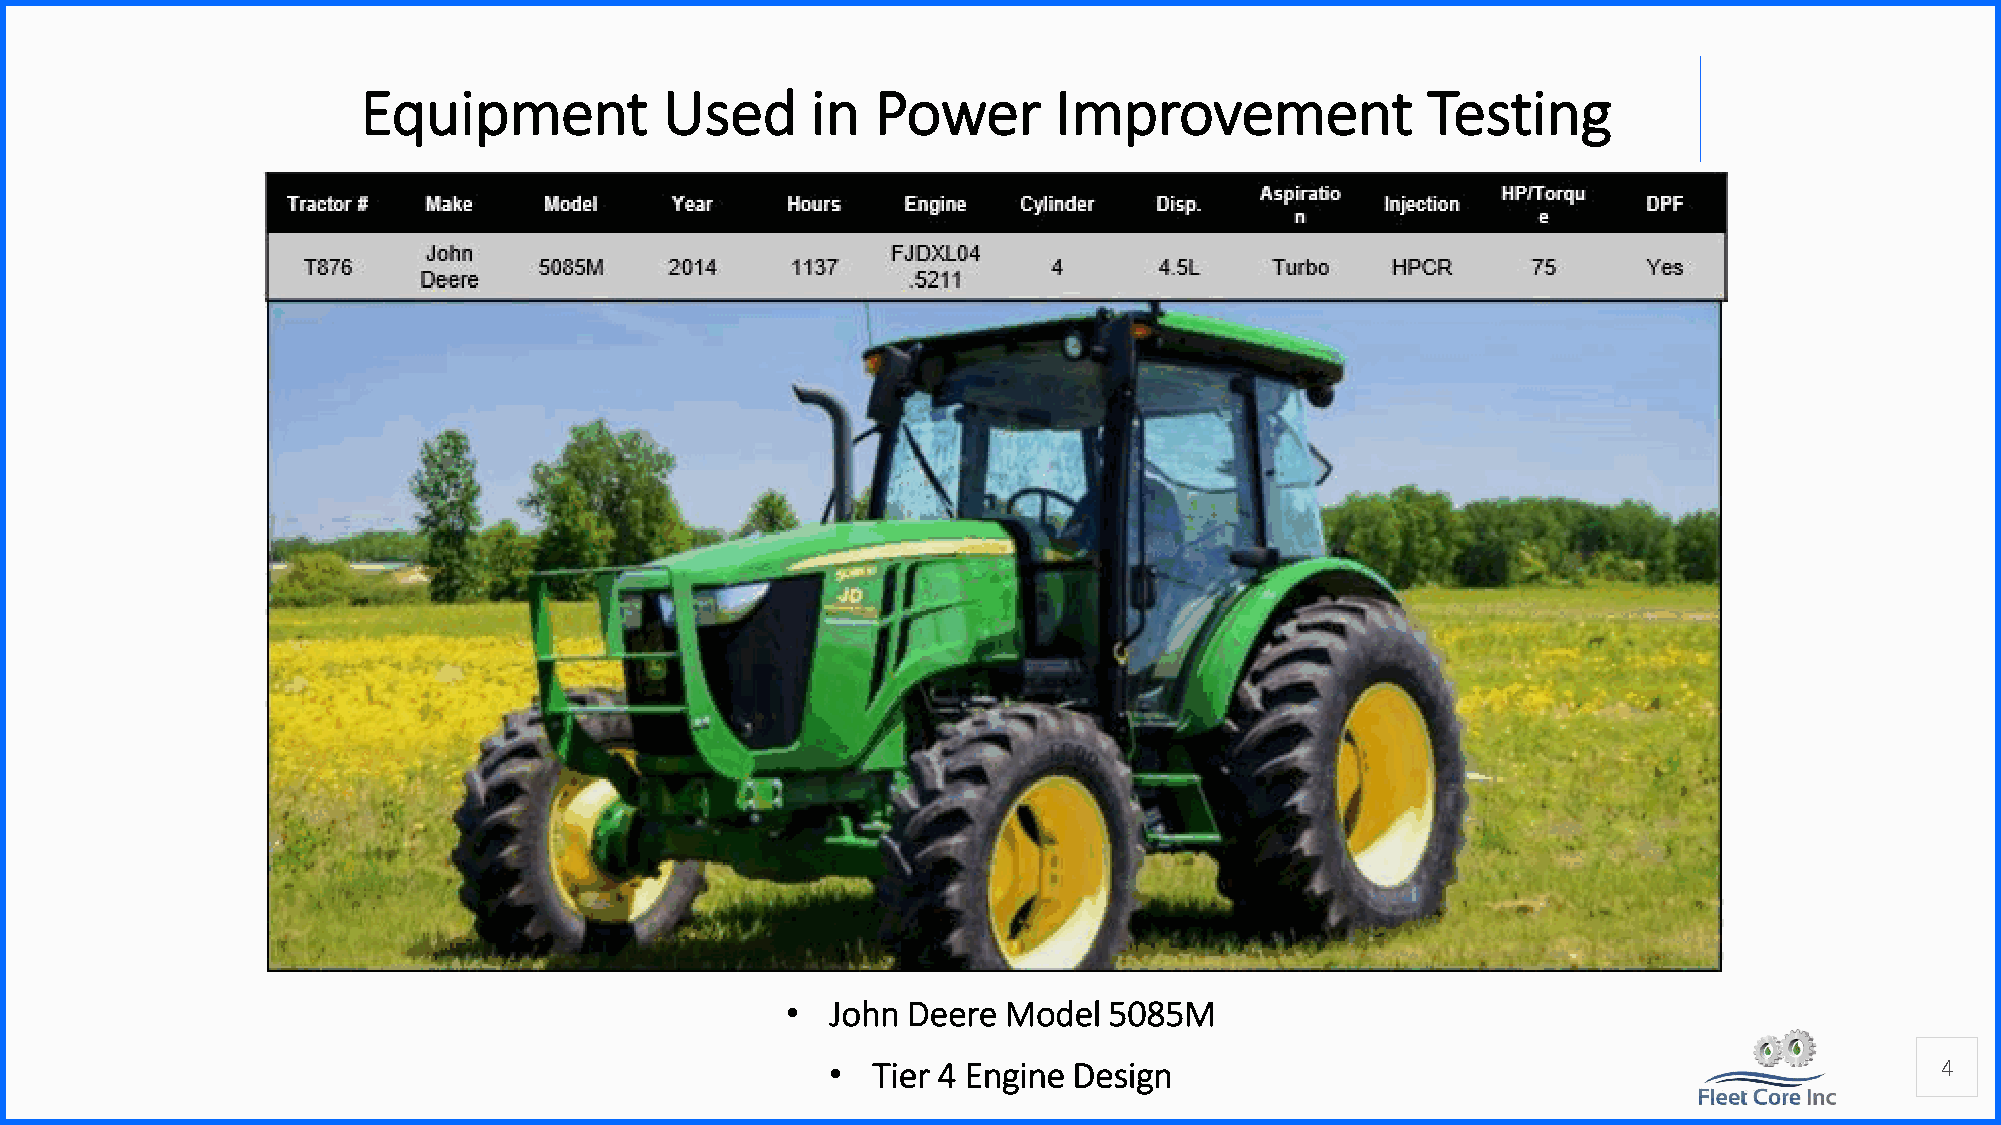
Equipment           Used      in  Power       Improvement             Testing
 •  John Deere Model  5085M
 •  Tier 4 Engine Design                                                  4